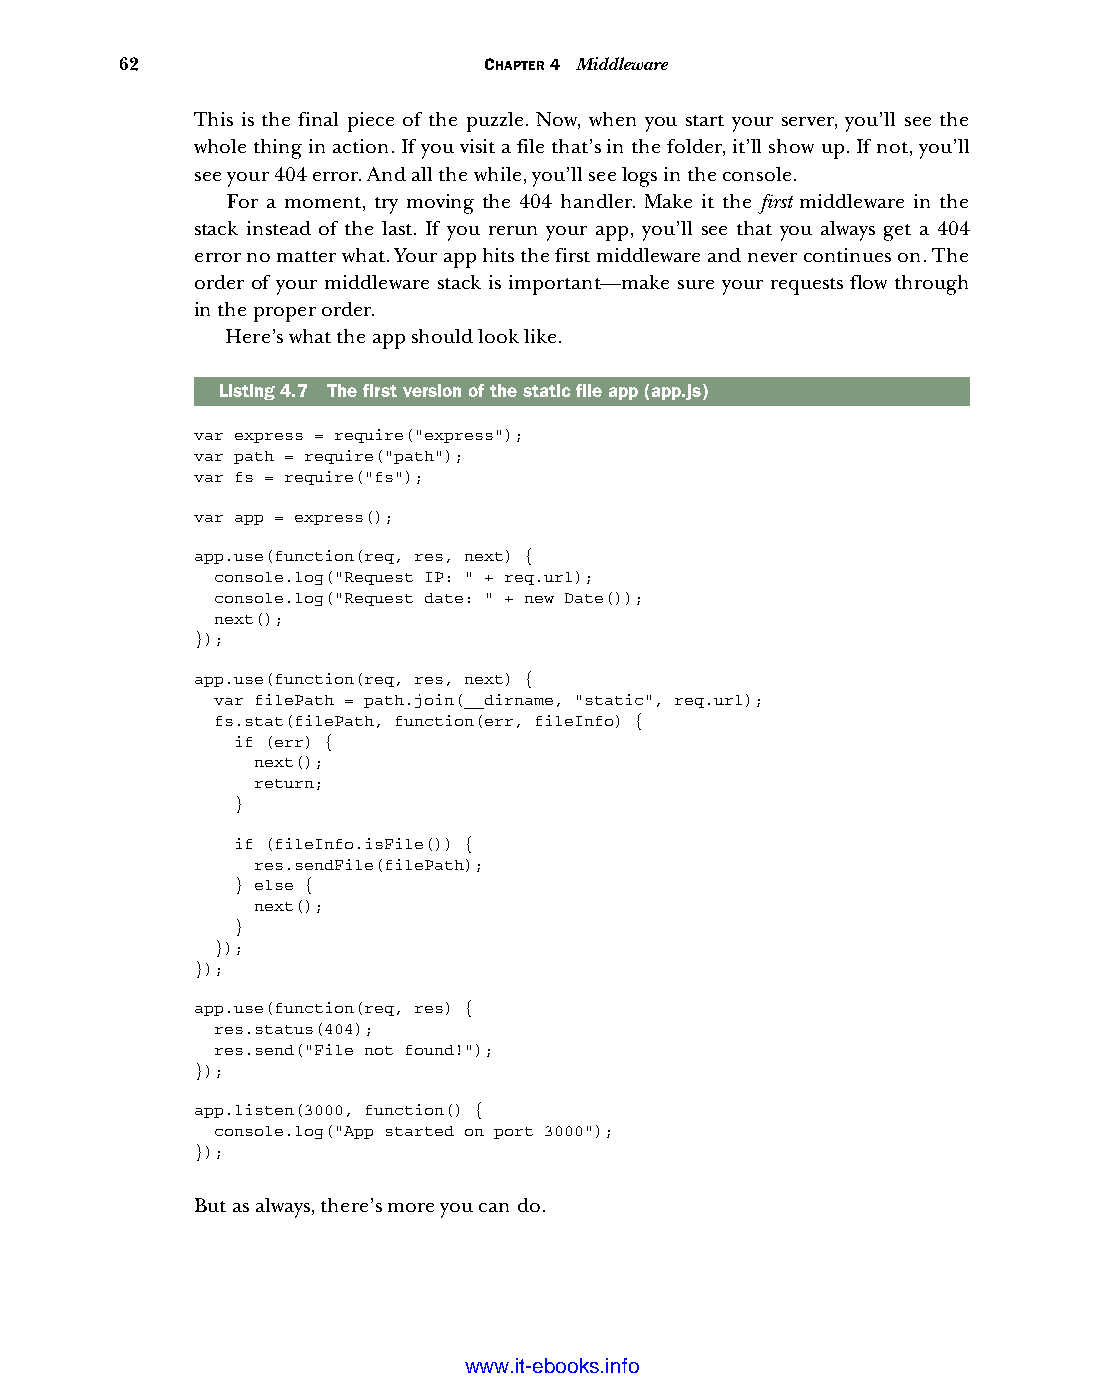
62                      CHAPTER 4 Middleware
 This is the final piece of the puzzle. Now, when you start your server, you’ll see the
 whole thing in action. If you visit a file that’s in the folder, it’ll show up. If not, you’ll
 see your 404 error. And all the while, you’ll see logs in the console.
 For a moment, try moving the 404 handler. Make it the first middleware in the
 stack instead of the last. If you rerun your app, you’ll see that you always get a 404
 error no matter what. Your app hits the first middleware and never continues on. The
 order of your middleware stack is important—make sure your requests flow through
 in the proper order.
 Here’s what the app should look like.
 Listing4.7 The first version of the static file app (app.js)
 var express = require("express");
 var path = require("path");
 var fs = require("fs");
 var app = express();
 app.use(function(req, res, next) {
 console.log("Request IP: " + req.url);
 console.log("Request date: " + new Date());
 next();
 });
 app.use(function(req, res, next) {
 var filePath = path.join(__dirname, "static", req.url);
 fs.stat(filePath, function(err, fileInfo) {
 if (err) {
 next();
 return;
 }
 if (fileInfo.isFile()) {
 res.sendFile(filePath);
 } else {
 next();
 }
 });
 });
 app.use(function(req, res) {
 res.status(404);
 res.send("File not found!");
 });
 app.listen(3000, function() {
 console.log("App started on port 3000");
 });
 But as always, there’s more you can do.
 Licensed wtow w <.mit-ielebro.8o8k8s@.ingfomail.com>